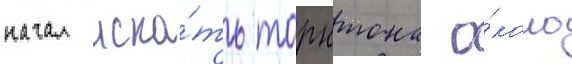
начал иска́ть торнтона о́коло